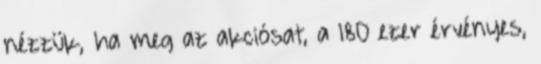
nézzük, ha meg az akciósat, a 180 ezer érvényes,